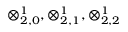
\otimes _ { 2 , 0 } ^ { 1 } , \otimes _ { 2 , 1 } ^ { 1 } , \otimes _ { 2 , 2 } ^ { 1 }